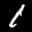
Label: 1